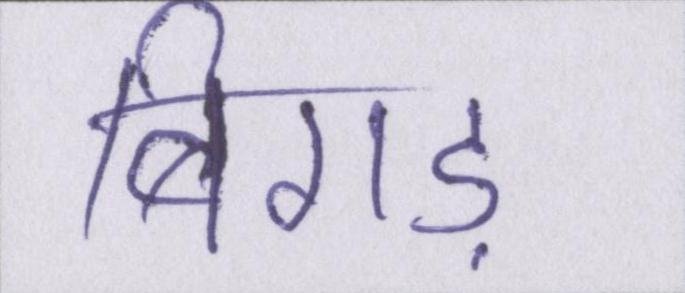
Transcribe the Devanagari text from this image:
बिगड़